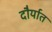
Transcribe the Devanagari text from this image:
दौर्यात